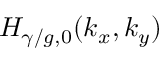
H _ { \gamma / g , 0 } ( k _ { x } , k _ { y } )